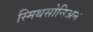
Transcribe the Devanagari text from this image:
स्मिथसोनिअन